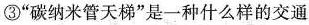
③“碳纳米管天梯”是一种什么样的交通